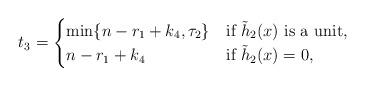
LaTeX: \begin{align*}t_3=\begin{cases}\min\{n-r_1+k_4,\tau_2\} & \mbox{if $\tilde h_2(x)$ is a unit},\\n-r_1+k_4 & \mbox{if $\tilde h_2(x)=0$},\end{cases}\end{align*}